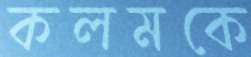
কলমকে